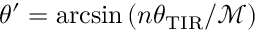
\theta ^ { \prime } = \arcsin \left( n \theta _ { \mathrm { T I R } } / \mathcal { M } \right)